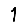
Digit: 1